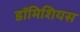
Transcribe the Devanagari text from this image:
डॉमिशियस